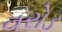
વરોડ